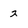
Character: 2